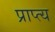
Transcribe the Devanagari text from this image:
प्राप्त्य